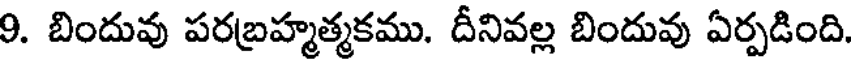
9. బిందువు పరబ్రహ్మత్మకము. దీనివల్ల బిందువు ఏర్పడింది.